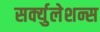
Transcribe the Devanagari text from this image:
सर्क्युलेशन्स